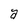
Character: a